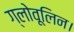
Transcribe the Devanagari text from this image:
ग्लोवूलिन।